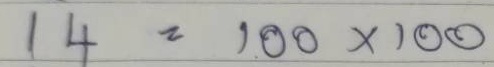
14 = 100x100